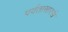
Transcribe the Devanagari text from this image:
पर्वतासारखे